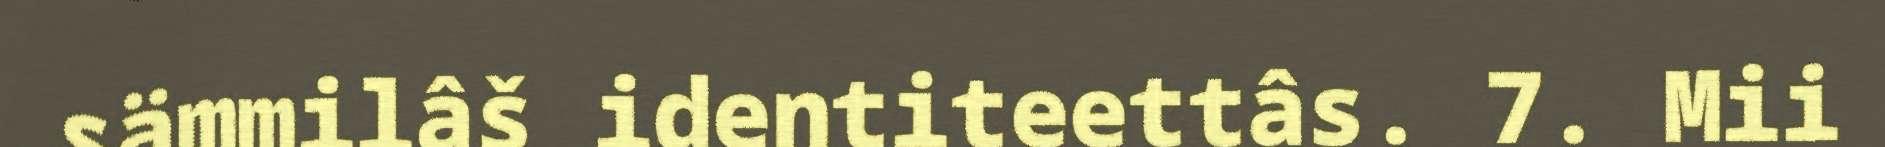
sämmilâš identiteettâs. 7. Mii